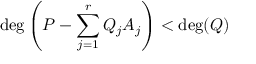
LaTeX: \deg \left( P - \sum _ { j = 1 } ^ { r } Q _ { j } A _ { j } \right) < \deg ( Q )